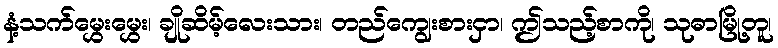
နံ့သက်မွှေးမွှေး၊ ချိုဆိမ့်လေးသား၊ တည်ကျွေးစားငှာ၊ ဤသည့်စာကို၊ သုဓာမြို့တူ၊